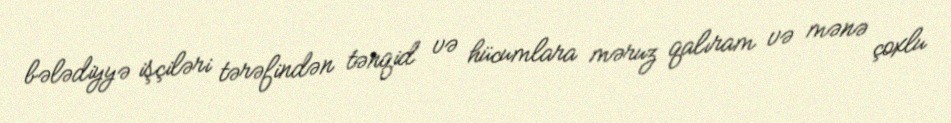
bələdiyyə işçiləri tərəfindən tənqid və hücumlara məruz qalıram və mənə çoxlu